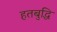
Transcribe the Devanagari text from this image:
हतबुद्धि